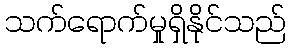
သက်ရောက်မှုရှိနိုင်သည်